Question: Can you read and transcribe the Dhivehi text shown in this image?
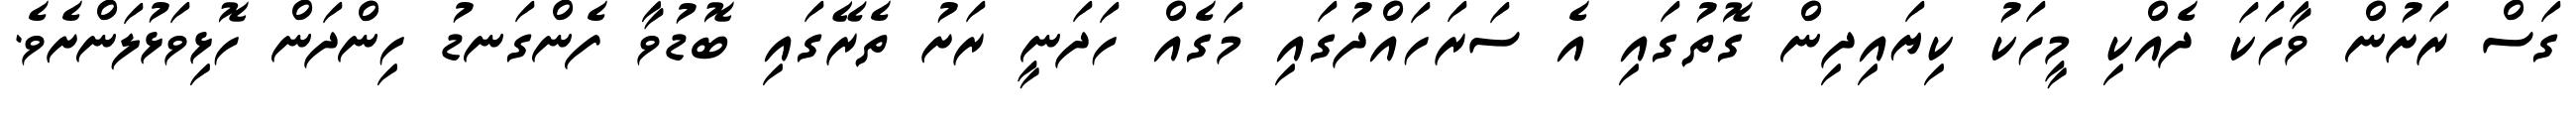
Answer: ގަސް ރަށުން ވާހަކަ ދެއްކި މީހަކު ކިޔައިދިން ގޮތުގައި އެ ސަރަހައްދުގައި މަގެއް ހަދަނީ ރަށު ތެރޭގައި ބޮޑުވާ ފެންގަނޑު ހިންދަން ހޮޅިވަޅުލަންށެވެ.